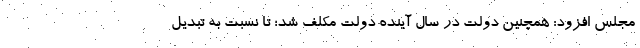
مجلس افزود: همچنین دولت در سال آینده دولت مکلف شد؛ تا نسبت به تبدیل